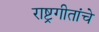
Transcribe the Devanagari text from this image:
राष्ट्रगीतांचे